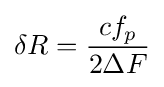
\delta R={\frac {cf_{p}}{2\Delta F}}